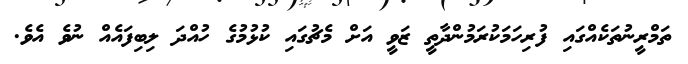
ތަމްރީނުތަކެއްގައި ފުރިހަމަކުރަމުންދާތީ ޒަވީ އަށް މެޗުގައި ކުޅުމުގެ ހުއްދަ ލިބިފައެއް ނުވެ އެވެ.